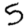
Digit: 5